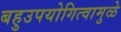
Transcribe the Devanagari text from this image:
बहुउपयोगित्वामुळे